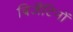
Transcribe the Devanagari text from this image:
बिजैंटिनों